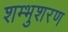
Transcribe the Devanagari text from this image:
शम्भुशरण